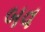
બવ